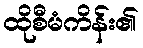
ထိုစီမံကိန်း၏